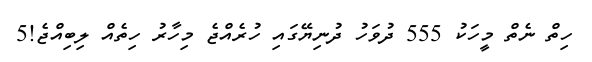
ހިތް ނެތް މީހަކު 555 ދުވަހު ދުނިޔޭގައި ހުރެއްޖެ މިހާރު ހިތެއް ލިބިއްޖެ!5